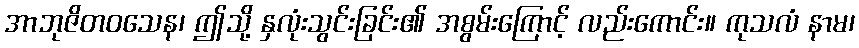
အာဘုဇိတဝသေန၊ ဤသို့ နှလုံးသွင်းခြင်း၏ အစွမ်းကြောင့် လည်းကောင်း။ ကုသလံ နာမ၊